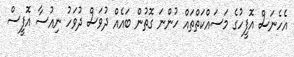
އެހެނަސް އޮފީހުގެ މަސައްކަތްތައް ހުންނަ ގޮތުން ބައެއް ދުވަސް ދުވަހު ނިއުސާ އޮފީސް